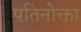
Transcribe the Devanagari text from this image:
पतिनोक्ता